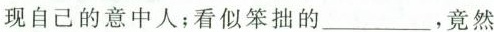
己的意中人；看似笨拙的\underline{}，竟然”